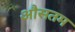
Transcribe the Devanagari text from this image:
औसतम